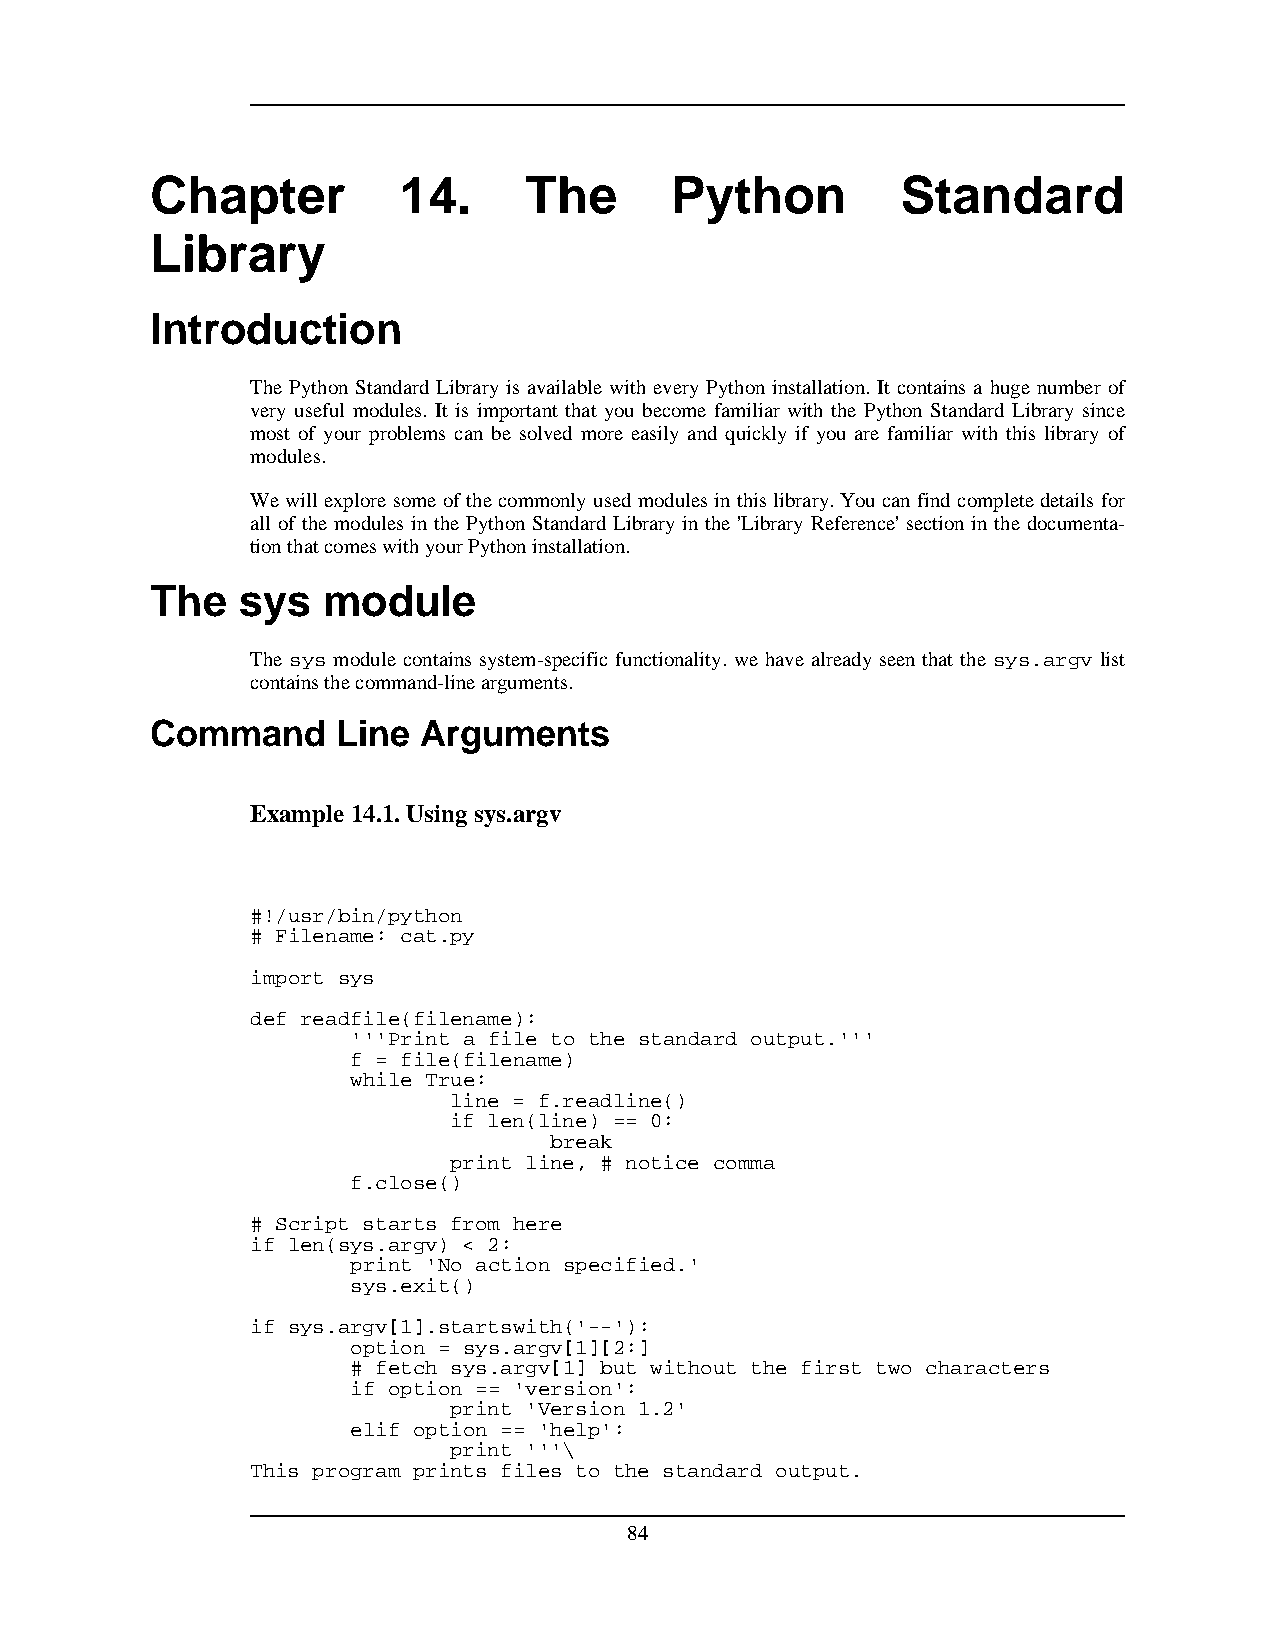
Chapter         14.      The      Python          Standard
 Library
 Introduction
 The Python Standard Library is available with every Python installation. It contains a huge number of
 very useful modules. It is important that you become familiar with the Python Standard Library since
 most of your problems can be solved more easily and quickly if you are familiar with this library of
 modules.
 Wewillexploresomeofthecommonlyusedmodulesinthislibrary.Youcanfindcompletedetailsfor
 all of the modules in the Python Standard Library in the 'Library Reference' section in the documenta-
 tionthatcomeswithyourPythoninstallation.
 The   sys  module
 The sys module contains system-specific functionality. we have already seen that the sys.argv list
 containsthecommand-linearguments.
 Command     Line  Arguments
 Example 14.1.Usingsys.argv
 #!/usr/bin/python
 # Filename: cat.py
 import sys
 def readfile(filename):
 '''Print a file to the standard output.'''
 f = file(filename)
 while True:
 line = f.readline()
 if len(line) == 0:
 break
 print line, # notice comma
 f.close()
 # Script starts from here
 if len(sys.argv) < 2:
 print 'No action specified.'
 sys.exit()
 if sys.argv[1].startswith('--'):
 option = sys.argv[1][2:]
 # fetch sys.argv[1] but without the first two characters
 if option == 'version':
 print 'Version 1.2'
 elif option == 'help':
 print '''\
 This program prints files to the standard output.
 84